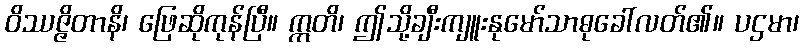
ဝိဿဇ္ဇိတာနိ၊ ဖြေဆိုကုန်ပြီ။ ဣတိ၊ ဤသို့ချီးကျူးနုမော်သာဓုခေါ်လတ်၏။ ပဌမာ၊